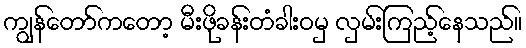
ကျွန်တော်ကတော့ မီးဖိုခန်းတံခါးဝမှ လှမ်းကြည့်နေသည်။